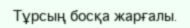
Тұрсың босқа жарғалы.